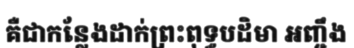
គឺជាកន្លែងដាក់ព្រះពុទ្ធបដិមា អញ្ចឹង